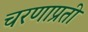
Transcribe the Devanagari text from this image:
चरणाप्रती